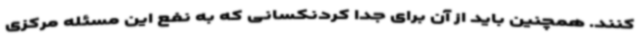
کنند. همچنین باید از آن برای جدا کردنکسانی که به نفع این مسئله مرکزی